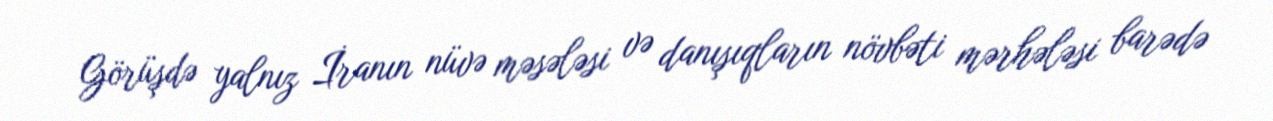
Görüşdə yalnız İranın nüvə məsələsi və danışıqların növbəti mərhələsi barədə